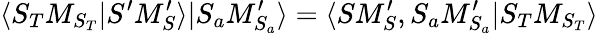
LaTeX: \langle S_{T}M_{S_{T}}|S^{\prime}M_{S}^{\prime}\rangle|S_{a}M_{S_{a}}^{\prime}\rangle=\langle SM_{S}^{\prime},S_{a}M_{S_{a}}^{\prime}|S_{T}M_{S_{T}}\rangle